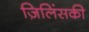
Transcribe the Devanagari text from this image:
ज़िलिंसकी